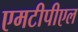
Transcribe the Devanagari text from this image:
एमटीपीएल